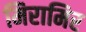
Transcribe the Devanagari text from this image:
मिरामिर